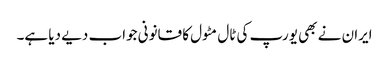
ایران نے بھی یورپ کی ٹال مٹول کا قانونی جواب دیے دیا ہے۔